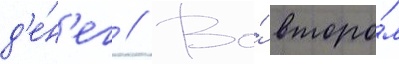
д'е́н'ег // Во́ второ́м